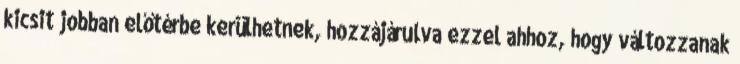
kicsit jobban előtérbe kerülhetnek, hozzájárulva ezzel ahhoz, hogy változzanak